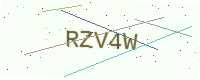
Text: RZV4W